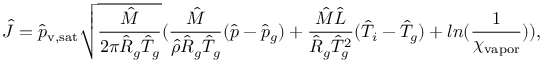
\hat { J } = \hat { p } _ { \mathrm { v , s a t } } \sqrt { \frac { \hat { M } } { 2 \pi \hat { R } _ { g } \hat { T } _ { g } } } ( \frac { \hat { M } } { \hat { \rho } \hat { R } _ { g } \hat { T } _ { g } } ( \hat { p } - \hat { p } _ { g } ) + \frac { \hat { M } \hat { L } } { \hat { R } _ { g } \hat { T } _ { g } ^ { 2 } } ( \hat { T } _ { i } - \hat { T } _ { g } ) + l n ( \frac { 1 } { \chi _ { \mathrm { v a p o r } } } ) ) ,